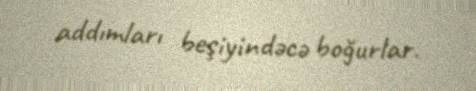
addımları beşiyindəcə boğurlar.